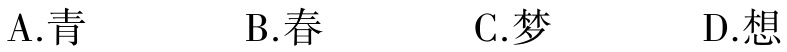
A.青

B.春

C.梦

D.想